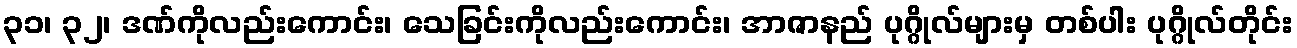
၃၁၊ ၃၂၊ ဒဏ်ကိုလည်းကောင်း၊ သေခြင်းကိုလည်းကောင်း၊ အာဇာနည် ပုဂ္ဂိုလ်များမှ တစ်ပါး ပုဂ္ဂိုလ်တိုင်း